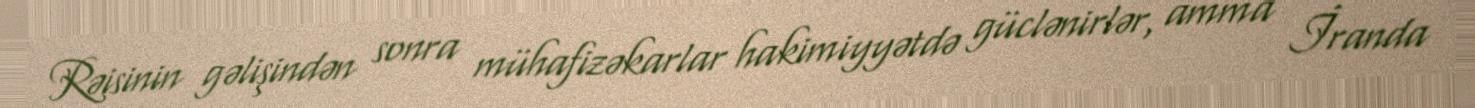
Rəisinin gəlişindən sonra mühafizəkarlar hakimiyyətdə güclənirlər, amma İranda